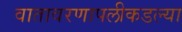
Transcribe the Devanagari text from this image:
वातावरणापलीकडल्या